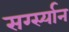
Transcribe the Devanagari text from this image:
सर्ग्स्यान